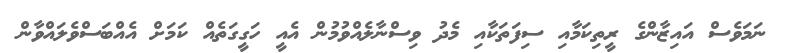
ނަމަވެސް އައިޒާންގެ ރީތިކަމާއި ސިފަތަކާއި މެދު ވިސްނާލެއްވުމުން އެއީ ހަގީގަތެއް ކަމަށް އެއްބަސްވެލައްވާން